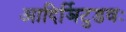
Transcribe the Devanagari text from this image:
आदिर्ञिटुडवः